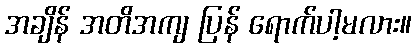
အချိန် အတိအကျ ပြန် ရောက်ပါ့မလား။